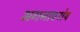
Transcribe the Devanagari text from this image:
भगनावशेष